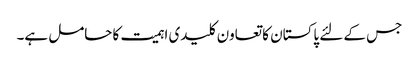
جس کے لئے پاکستان کا تعاون کلیدی اہمیت کا حامل ہے۔